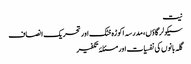
نیت
سیکولر گاؤں، مدرسہ اکوڑہ خٹک اور تحریک انصاف
گلہ بانوں کی نفسیات اور مسئلۂ تکفیر